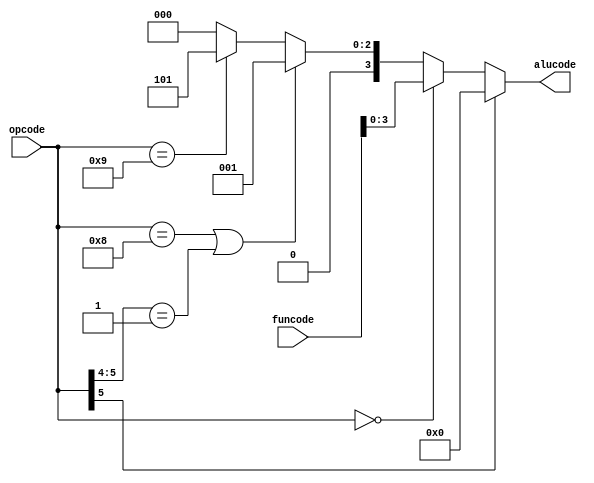
`timescale 1ns / 1ps
//////////////////////////////////////////////////////////////////////////////////
// Company: 
// Engineer: 
// 
// Design Name: 
// Module Name:    ALUControl 
// Project Name: 
// Target Devices: 
// Tool versions: 
// Description: 
//
// Dependencies: 
//
// Revision: 
// Revision 0.01 - File Created
// Additional Comments: 
//
//////////////////////////////////////////////////////////////////////////////////
module ALUControl(
    input [5:0] opcode,
	 input [5:0] funcode,
    output reg [3:0] alucode
	 ); 
	 
	 always @(*) begin
		 if (opcode[5] == 1)
		     alucode = 4'b0;
		 else if (opcode == 6'b0)
		     alucode = funcode[3:0];
		 else if (opcode == 6'b001000 || opcode[5:4] == 2'b01)
		     alucode = 4'b0001;
		 else if (opcode == 6'b001001)
		     alucode = 4'b0101;
       else 
           alucode = 4'b0000;		 
	 end
endmodule